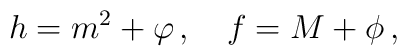
h = m^{2} + \varphi\, ,\quad f = M + \phi\, ,